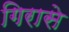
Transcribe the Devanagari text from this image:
गिरासे